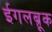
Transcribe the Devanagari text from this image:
ईगलब्रूक